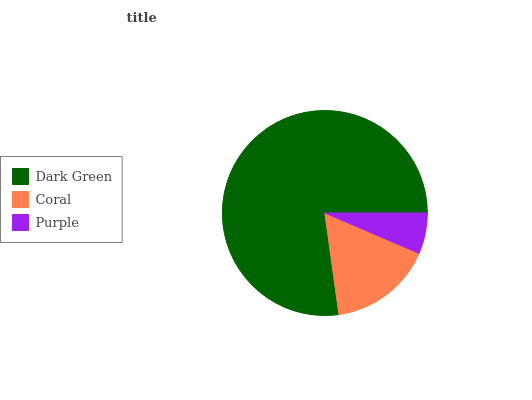
| Dark Green | Coral | Purple |
 | --- | --- | --- |
 | 77.2% | 16.4% | 6.43% |